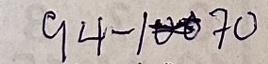
94 - 70